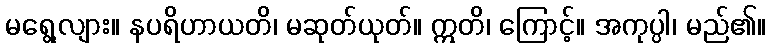
မရွေ့လျား။ နပရိဟာယတိ၊ မဆုတ်ယုတ်။ ဣတိ၊ ကြောင့်။ အကုပ္ပါ၊ မည်၏။